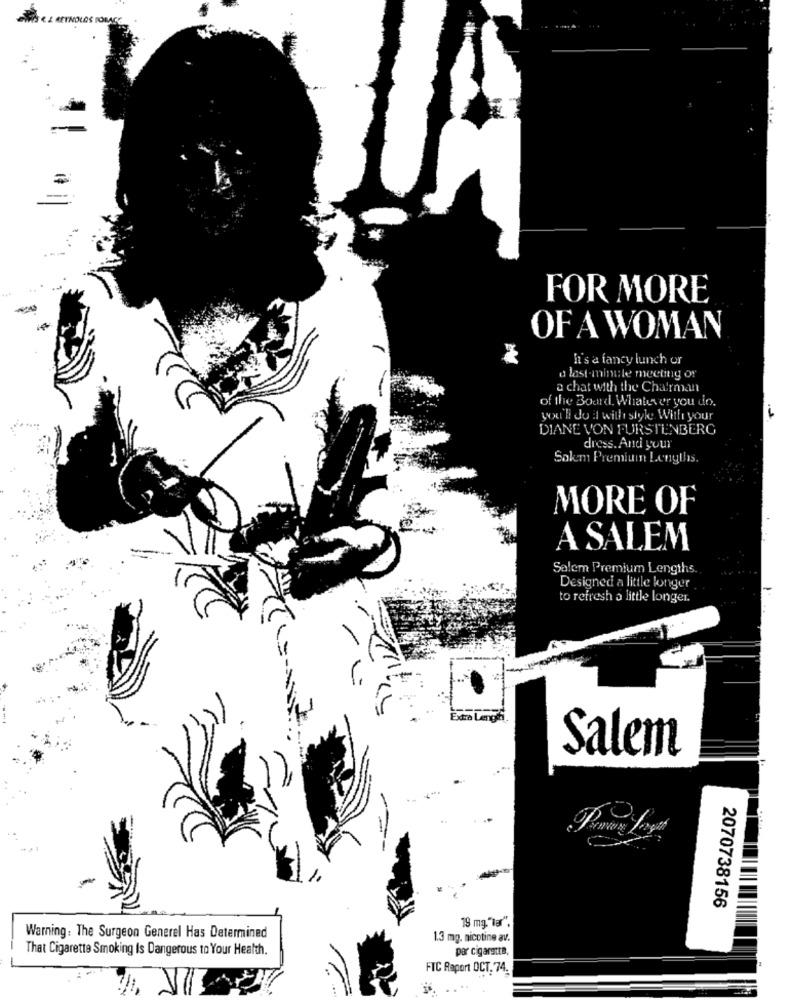
FOR MORE
OF A WOMAN
It's a fancy lunch or
a last-minute meeting or
a chat with the Chairman
of the Board. Whatever you do.
you'll do it with style With your
DIANE VON FURSTENBERG
dress. And your
Sakem Premium Lengths.
MORE OF
A SALEM
Salem Premium Lengths.
Designed a little longer
to refresh a little longer
aLengh
Salem
2070738156
19 mg. "ter".
Warning: The Surgeon Generel Has Determined
1.3 mg. nicotine av.
That Cigarette Smoking Is Dangerous to Your Health.
par cigarette,
FTC Raport OCT. 74.